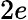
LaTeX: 2e